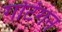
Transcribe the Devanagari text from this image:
गर्टिगन